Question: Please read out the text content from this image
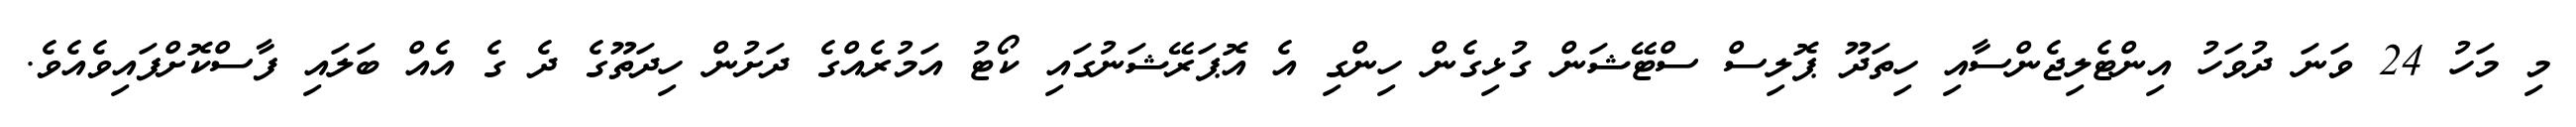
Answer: މި މަހު 24 ވަނަ ދުވަހު އިންޓެލިޖެންސާއި ހިތަދޫ ޕޮލިސް ސްޓޭޝަން ގުޅިގެން ހިންގި އެ އޮޕަރޭޝަނުގައި ކޯޓު އަމުރެއްގެ ދަށުން ހިދަތޫގެ ދެ ގެ އެއް ބަލައި ފާސްކޮށްފައިވެއެވެ.